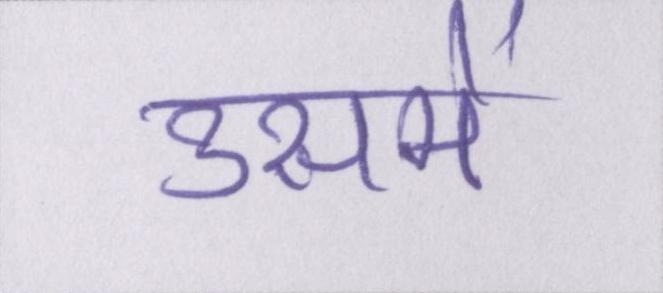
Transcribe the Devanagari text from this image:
उसमें